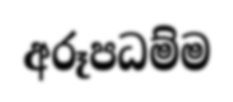
අරූපධම්ම